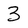
Character: 3